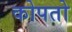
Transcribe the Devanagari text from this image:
कोपतो